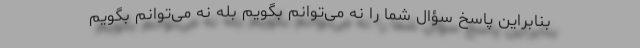
بنابراین پاسخ سؤال شما را نه می‌توانم بگویم بله نه می‌توانم بگویم